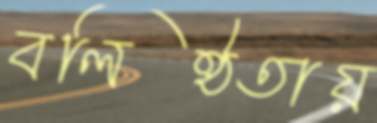
বলিষ্ঠতায়